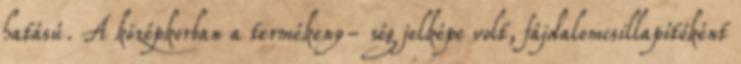
hatású. A középkorban a termékeny- ség jelképe volt, fájdalomcsillapítóként